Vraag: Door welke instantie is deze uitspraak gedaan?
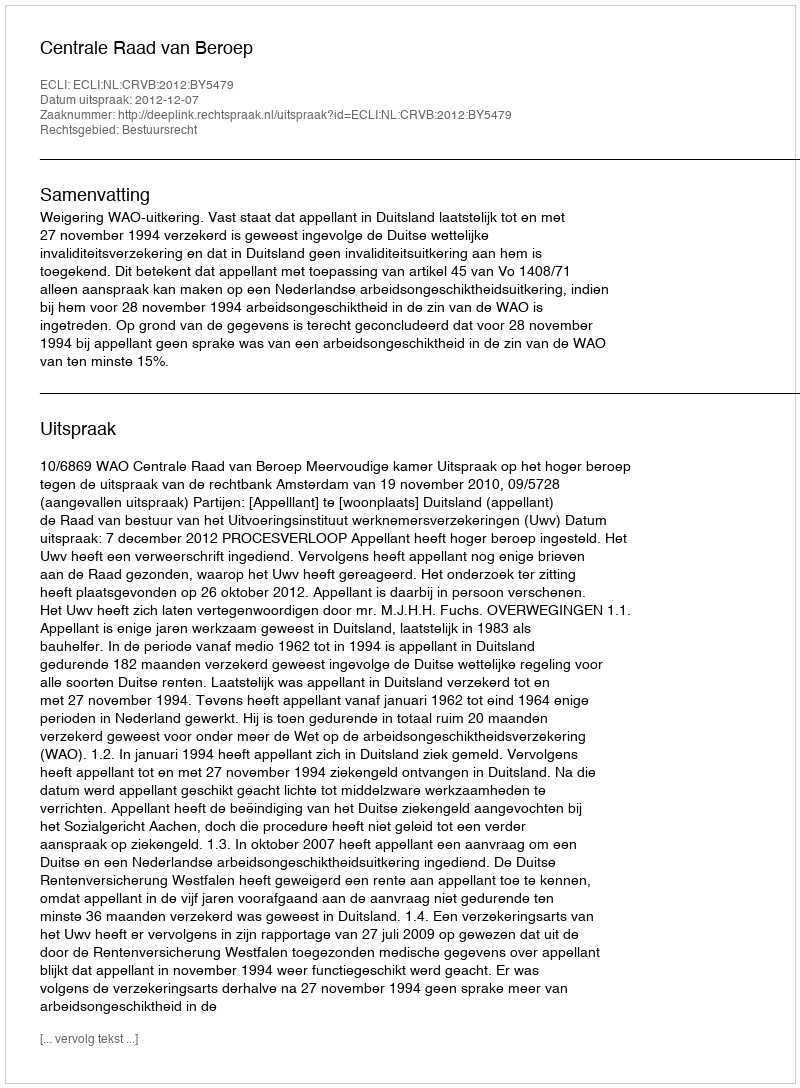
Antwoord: Centrale Raad van Beroep